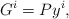
\begin{align*}G^i= Py^i,\end{align*}